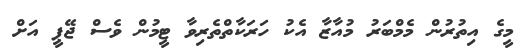
މީގެ އިތުރުން މެމްބަރު މުއާޒާ އެކު ހަރަކާތްތެރިވާ ޓީމުން ވެސް ޖޭޕީ އަށް